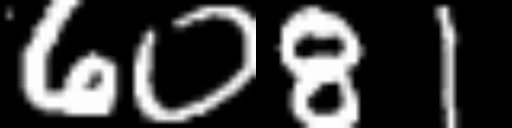
Text: 6081